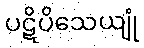
ပဋိပိသေယျုံ